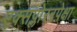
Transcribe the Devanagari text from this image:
एक्सप्लोररपेक्षा